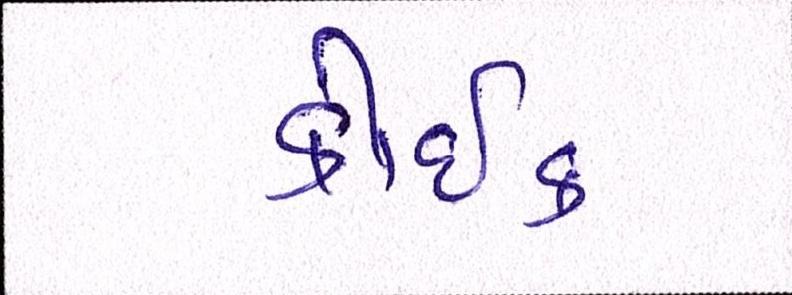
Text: કોઈક